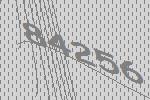
84256